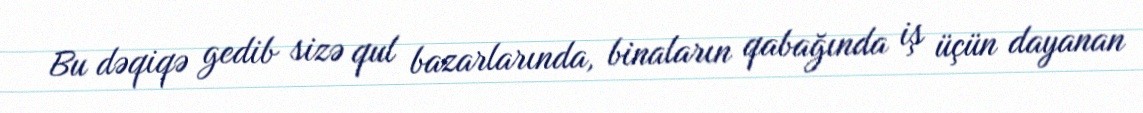
Bu dəqiqə gedib sizə qul bazarlarında, binaların qabağında iş üçün dayanan